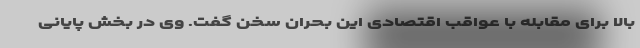
بالا برای مقابله با عواقب اقتصادی این بحران سخن گفت. وی در بخش پایانی